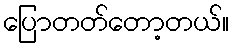
ပြောတတ်တော့တယ်။